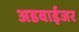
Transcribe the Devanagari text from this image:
अडवाईजर